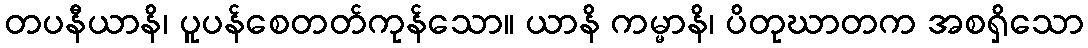
တပနီယာနိ၊ ပူပန်စေတတ်ကုန်သော။ ယာနိ ကမ္မာနိ၊ ပိတုဃာတက အစရှိသော